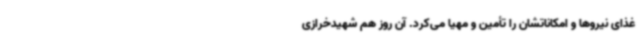
غذای نیروها و امکاناتشان را تأمین و مهیا می‌کرد. آن روز هم شهیدخرازی